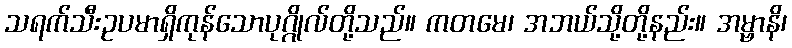
သရက်သီးဥပမာရှိကုန်သောပုဂ္ဂိုလ်တို့သည်။ ကတမေ၊ အဘယ်သို့တို့နည်း။ အမ္ဗာနိ၊